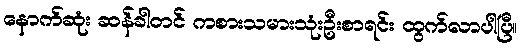
နောက်ဆုံး ဆန်ခါတင် ကစားသမားသုံးဦးစာရင်း ထွက်လာပါပြီ။